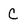
Character: c